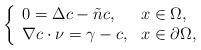
LaTeX: \begin{align*} \left\{\begin{array}{ll}0= \Delta c-\tilde{n}c, &x\in\Omega,\\ \nabla c\cdot \nu= \gamma-c, &x\in\partial\Omega,\end{array}\right.\end{align*}